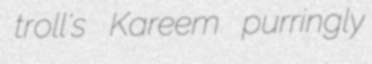
troll's Kareem purringly